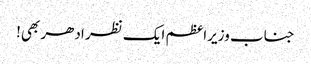
جناب وزیراعظم ایک نظر ادھر بھی!